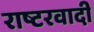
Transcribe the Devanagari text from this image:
राष्टरवादी